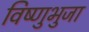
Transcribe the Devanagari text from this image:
विष्णुभुजा